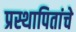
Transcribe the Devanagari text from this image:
प्रस्थापितांचे